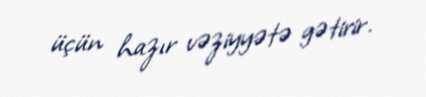
üçün hazır vəziyyətə gətirir.